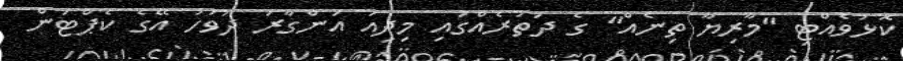
ކޮޅުވެއްޓި "މާރިޔާ ތިނެއް" ގެ ދަތުރެއްގައި މިދިއަ އަންގާރަ ދުވަހު އޭގެ ކެޕްޓަން